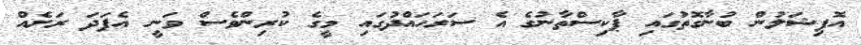
އޮފިޝަލުން ބުނާގޮތުގައި ޕާކިސްތާނުގެ އެ ސަރަހައްދުގައި މީގެ ކުރިންވެސް ވަނީ އެފަދަ ރަށެއް